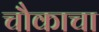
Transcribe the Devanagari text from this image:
चौकाचा